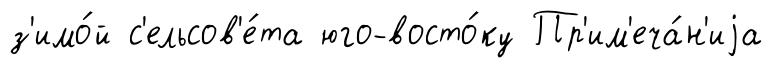
з'имо́й с'ельсов'е́та юго-восто́ку Пр'им'еча́н'иjа